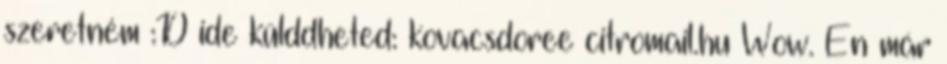
szeretném :D ide külddheted: kovacsdoree citromail.hu Wow. Én már